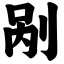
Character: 剐